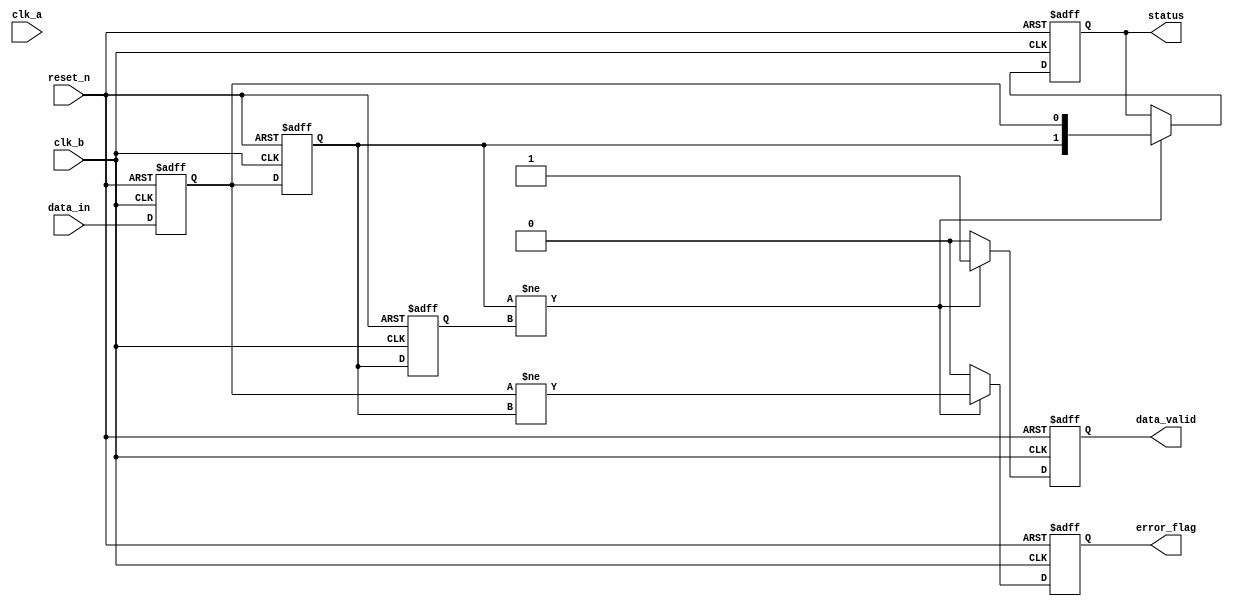
module cdc_detector (
    input wire clk_a,           // Clock for the source domain
    input wire clk_b,           // Clock for the destination domain
    input wire reset_n,         // Active low reset
    input wire data_in,         // Data signal from the source domain
    output reg data_valid,      // Indicates valid data is present
    output reg error_flag,      // Indicates a potential metastability issue
    output reg [1:0] status     // Status register to hold the sampled value
);

    reg data_sync_1;            // First stage of the synchronizer
    reg data_sync_2;            // Second stage of the synchronizer
    reg data_prev;              // Previous sampled value

    // Asynchronous reset logic
    always @(posedge clk_b or negedge reset_n) begin
        if (!reset_n) begin
            data_sync_1 <= 1'b0;
            data_sync_2 <= 1'b0;
            data_prev <= 1'b0;
            data_valid <= 1'b0;
            error_flag <= 1'b0;
            status <= 2'b00;
        end else begin
            // Sample the data signal from clk_a into clk_b domain
            data_sync_1 <= data_in;  // First flip-flop
            data_sync_2 <= data_sync_1; // Second flip-flop

            // Detect transitions
            if (data_sync_2 != data_prev) begin
                data_valid <= 1'b1; // Valid data detected
                error_flag <= (data_sync_1 != data_sync_2); // Check for metastability
                status <= {data_sync_2, data_sync_1}; // Update status register
            end else begin
                data_valid <= 1'b0; // No valid data
                error_flag <= 1'b0; // No error
            end

            // Update previous sampled value
            data_prev <= data_sync_2;
        end
    end

endmodule